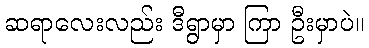
ဆရာလေးလည်း ဒီရွာမှာ ကြာ ဦးမှာပဲ။